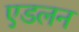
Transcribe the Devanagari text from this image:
एडलन